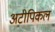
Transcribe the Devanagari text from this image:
अटीपिकल